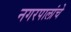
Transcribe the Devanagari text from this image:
नगरपालांचे